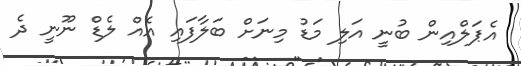
އެޕަލްއިން ބުނީ އަލި މަޑު މިނަށް ބަލާފައި އެއް ލެޑް ނޫނީ ދެ